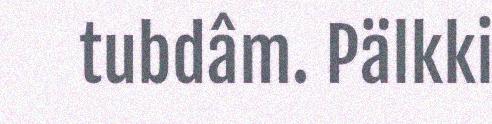
tubdâm. Pälkki